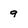
Character: g